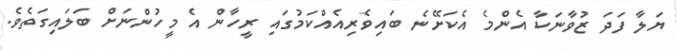
ޔަލާ ފަދަ ޒުވާނަކާ އެންމެ އެކަށޭނެ ބައިވެރިއެއްކަމުގައި ރީހާން އެ މީހުންނަށް ބަލައިގަތެވެ.